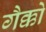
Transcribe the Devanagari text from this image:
गैक्को